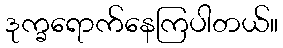
ဒုက္ခရောက်နေကြပါတယ်။